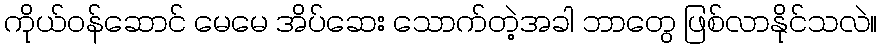
ကိုယ်ဝန်ဆောင် မေမေ အိပ်ဆေး သောက်တဲ့အခါ ဘာတွေ ဖြစ်လာနိုင်သလဲ။